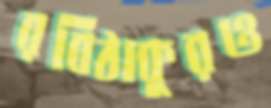
রবিঠাকুরও